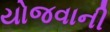
યોજવાની